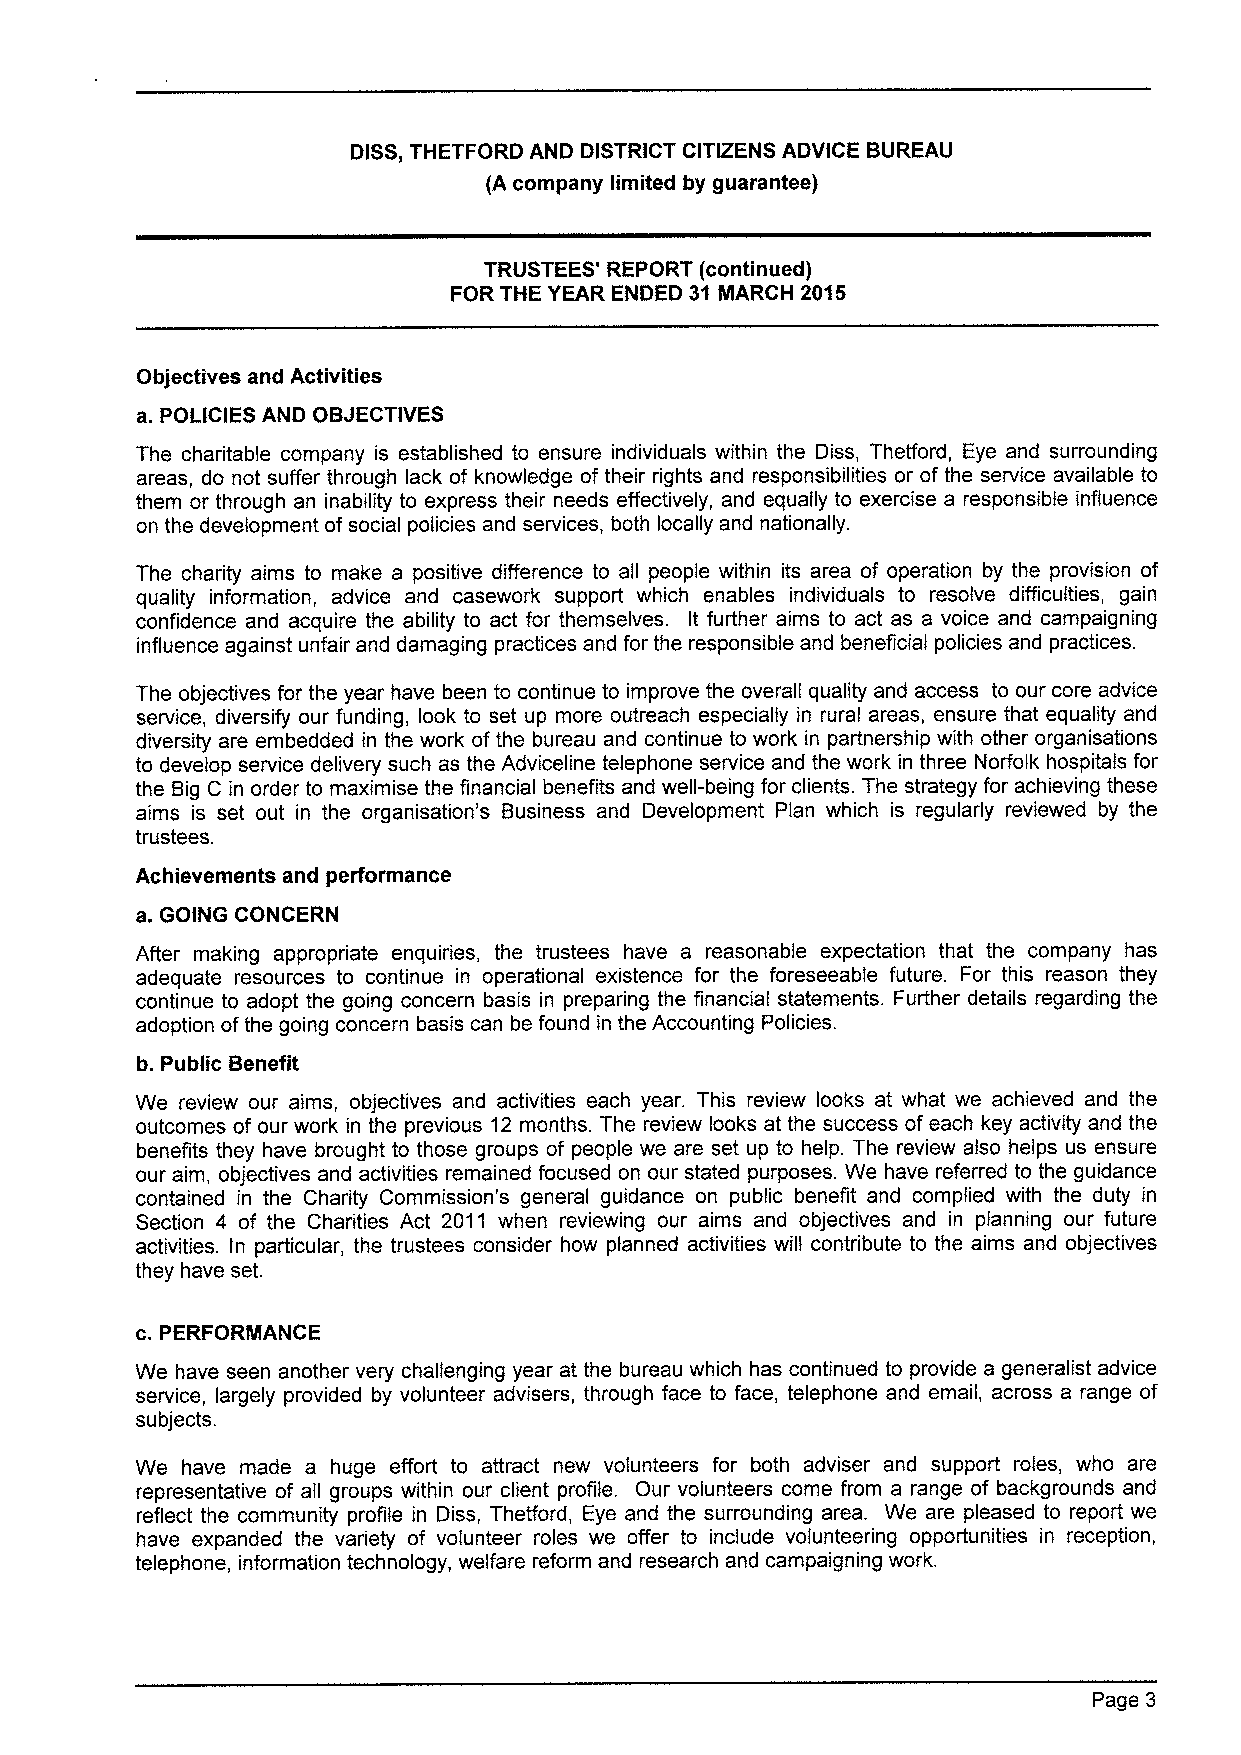
DISS,THETFORD AND DISTRICT CITIZENS ADVICE BUREAU
 (A company limited by guarantee)
 TRUSTEES' REPORT (continued)
 FOR THE YEAR ENDED 31 IIARCH 2015
 Objectives and Activities
 a. POLICIES AND OBJECTIVES
 The charitable company is established to ensure individuals within the Diss, Thetford, Eye and surrounding
 areas, do not suffer through lack of knowledge of their rights and responsibilities or of the service available to
 them or through an inability to express their needs effectively, and equally to exercise a responsible influence
 on the development of social policies and services, both locally and nationally.
 The charity aims to make a positive difference to all people within its area of operation by the provision of
 quality information, advice and casework support which enables individuals to resolve difficulties, gain
 confidence and acquire the ability to act for themselves. It further aims to act as a voice and campaigning
 influence against unfair and damaging practices and for the responsible and beneficial policies and practices.
 The objectives for the year have been to continue to improve the overall quality and access to our core advice
 service, diversify our funding, look to set up more outreach especially in rural areas, ensure that equality and
 diversity are embedded in the work of the bureau and continue to work in partnership with other organisations
 to develop service delivery such as the Adviceline telephone service and the work in three Norfolk hospitals for
 the Big C in order to maximise the financial benefits and well-being for clients. The strategy for achieving these
 aims is set out in the organisation's Business and Development Plan which is regularly reviewed by the
 trustees.
 Achievements and performance
 a. GOING CONCERN
 After making appropriate enquiries, the trustees have a reasonable expectation that the company has
 adequate resources to continue in operational existence for the foreseeable future. For this reason they
 continue to adopt the going concern basis in preparing the financial statements. Further details regarding the
 adoption ofthe going concern basis can be found in the Accounting Policies.
 b. Public Benefit
 We review our aims, objectives and activities each year. This review looks at what we achieved and the
 outcomes of our work in the previous 12 months. The review looks at the success ofeach key activity and the
 benefits they have brought to those groups of people we are set up to help. The review also helps us ensure
 our aim, objectives and activities remained focused on our stated purposes. We have referred to the guidance
 contained in the Charity Commission's general guidance on public benefit and complied with the duty in
 Section 4 of the Charities Act 2011 when reviewing our aims and objectives and in planning our future
 activities. In particular, the trustees consider how planned activities will contribute to the aims and objectives
 they have set.
 c.PERFORIIANCE
 We have seen another very challenging year at the bureau which has continued to provide a generalist advice
 service, largely provided by volunteer advisers, through face to face, telephone and email, across a range of
 subjects.
 We have made a huge effort to attract new volunteers for both adviser and support roles, who are
 representative of all groups within our client profile. Our volunteers come from a range of backgrounds and
 reflect the community profile in Diss, Thetford, Eye and the surrounding area. We are pleased to report we
 have expanded the variety of volunteer roles we offer to include volunteering opportunities in reception,
 telephone, information technology, welfare reform and research and campaigning work.
 Page 3